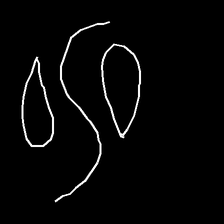
Glyph: water